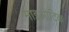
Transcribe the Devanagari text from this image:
माइओटिक